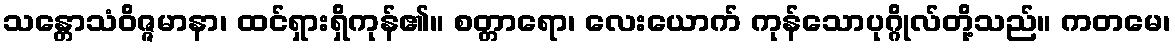
သန္တောသံဝိဇ္ဇမာနာ၊ ထင်ရှားရှိကုန်၏။ စတ္တာရော၊ လေးယောက် ကုန်သောပုဂ္ဂိုလ်တို့သည်။ ကတမေ၊